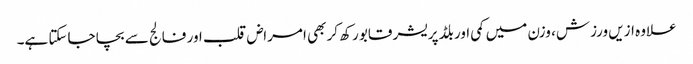
علاوہ ازیں ورزش، وزن میں کمی اور بلڈ پریشر قابو رکھ کر بھی امراض قلب اور فالج سے بچا جاسکتا ہے۔